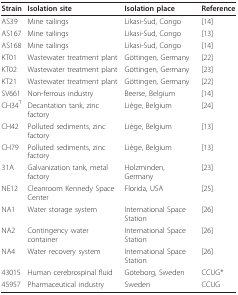
| Strain | Isolation site | Isolation place | Reference |
 | --- | --- | --- | --- |
 | AS39 | Mine tailings | Likasi-Sud, Congo | [14] |
 | AS167 | Mine tailings | Likasi-Sud, Congo | [13] |
 | AS168 | Mine tailings | Likasi-Sud, Congo | [14] |
 | KT01 | Wastewater treatment plant | Göttingen, Germany | [22] |
 | KT02 | Wastewater treatment plant | Göttingen, Germany | [23] |
 | KT21 | Wastewater treatment plant | Göttingen, Germany | [22] |
 | SV661 | Non-ferrous industry | Beerse, Belgium | [14] |
 | CH34T | Decantation tank, zinc factory | Liège, Belgium | [24] |
 | CH42 | Polluted sediments, zinc factory | Liège, Belgium | [13] |
 | CH79 | Polluted sediments, zinc factory | Liège, Belgium | [13] |
 | 31A | Galvanization tank, metal factory | Holzminden, Germany | [23] |
 | NE12 | Cleanroom Kennedy Space Center | Florida, USA | [25] |
 | NA1 | Water storage system | International Space Station | [26] |
 | NA2 | Contingency water container | International Space Station | [26] |
 | NA4 | Water recovery system | International Space Station | [26] |
 | 43015 | Human cerebrospinal fluid | Göteborg, Sweden | CCUG* |
 | 45957 | Pharmaceutical industry | Sweden | CCUG |